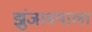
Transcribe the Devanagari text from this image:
झुंजावयाला